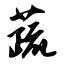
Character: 蔬